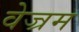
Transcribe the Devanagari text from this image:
वेज्रम